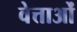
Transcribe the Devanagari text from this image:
वेत्ताओं